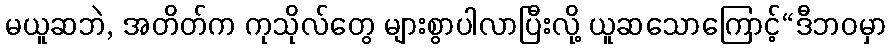
မယူဆဘဲ, အတိတ်က ကုသိုလ်တွေ များစွာပါလာပြီးလို့ ယူဆသောကြောင့်“ဒီဘဝမှာ